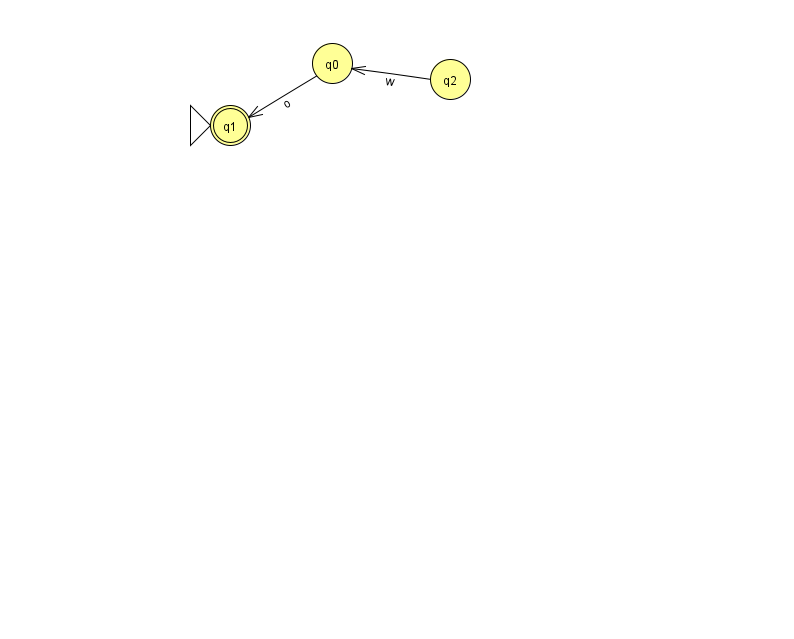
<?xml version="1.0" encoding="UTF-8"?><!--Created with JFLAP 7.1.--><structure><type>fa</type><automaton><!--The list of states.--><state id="0" name="q0"><x>332.0</x><y>50.0</y></state><state id="1" name="q1"><x>230.0</x><y>112.0</y><initial/><final/></state><state id="2" name="q2"><x>450.0</x><y>66.0</y></state><!--The list of transitions.--><transition><from>2</from><to>0</to><read>w</read></transition><transition><from>0</from><to>1</to><read>o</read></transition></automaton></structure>